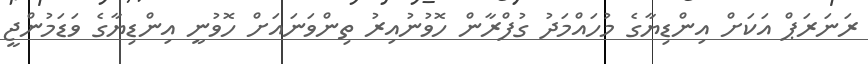
ރަނަރަޕް އަކަށް އިންޑިޔާގެ މުހައްމަދު ގުފްރާާން ހޮވުނުއިރު ތިންވަނައަށް ހޮވުނީ އިންޑިޔާގެ ވަޑަަމުންޖީ